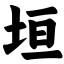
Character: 垣